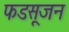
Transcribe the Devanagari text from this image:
फडसूजन